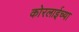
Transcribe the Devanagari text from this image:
कोरलाईच्या